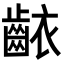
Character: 𬹶